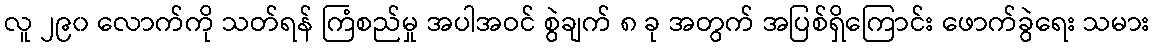
လူ ၂၉၀ လောက်ကို သတ်ရန် ကြံစည်မှု အပါအဝင် စွဲချက် ၈ ခု အတွက် အပြစ်ရှိကြောင်း ဖောက်ခွဲရေး သမား